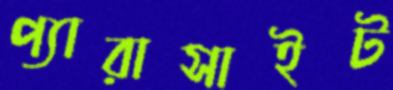
প্যারাসাইট